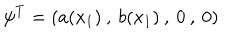
\psi ^ { T } = ( a ( x _ { 1 } ) \: , \: b ( x _ { 1 } ) \: , \: 0 \: , \: 0 )